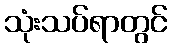
သုံးသပ်ရာတွင်